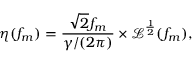
\eta ( f _ { m } ) = \frac { \sqrt { 2 } f _ { m } } { \gamma / ( 2 \pi ) } \times \mathcal { L } ^ { \frac { 1 } { 2 } } ( f _ { m } ) ,